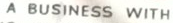
A BUSINESS WITH